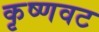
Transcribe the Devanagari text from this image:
कृष्णवट